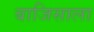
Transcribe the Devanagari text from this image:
बाजिसाला